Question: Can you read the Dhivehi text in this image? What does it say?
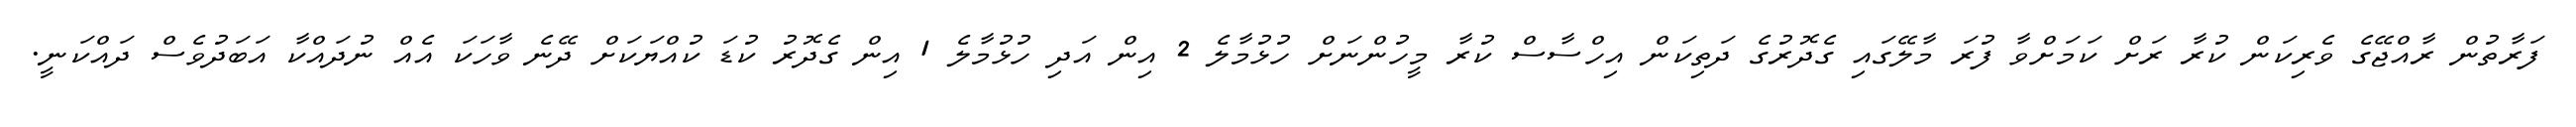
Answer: ފަރާތުން ރާއްޖޭގެ ވެރިކަން ކުރާ ރަށް ކަމަށްވާ ފުރަ މާލޭގައި ގެދޮރުގެ ދަތިކަން އިހްސާސް ކުރާ މީހުންނަށް ހުޅުމާލެ 2 އިން އަދި ހުޅުމާލެ 1 އިން ގެދޮރު ކުޑަ ކުއްޔަކަށް ދޭނެ ވާހަކަ އެއް ނުދައްކާ އަބަދުވެސް ދައްކަނީ.